Annual report of the Bengal Veterinary College and of the Civil Veterinary Department, Bengal, for the year 1913-1914 - 1913-1914
Year: 1913
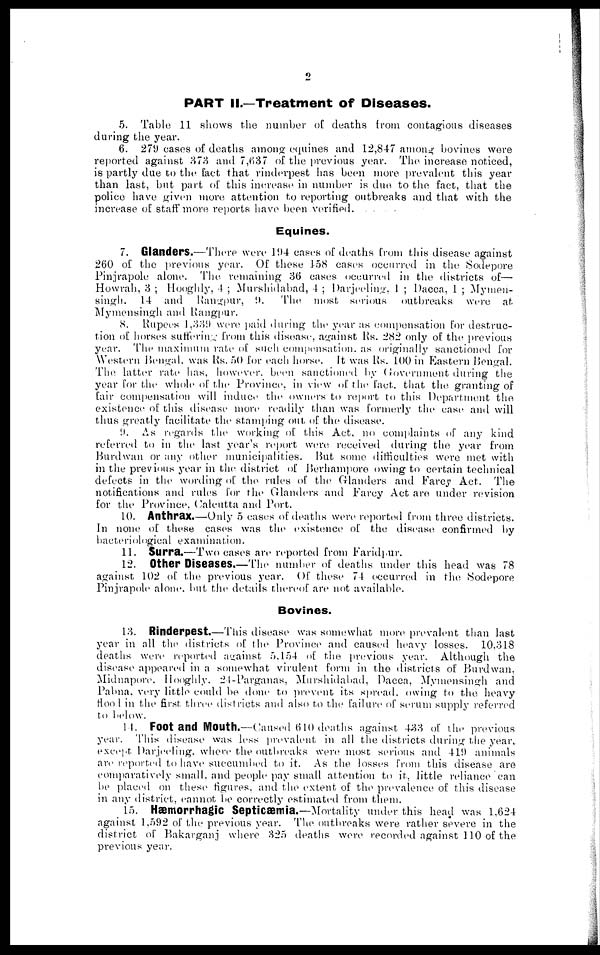
PART II.—Treatment of Diseases.
5. Table 11 shows the number of deaths from contagious diseases
during the year.
6. 279 cases of deaths among equines and 12,847 among bovines were
reported against 373 and 7,637 of the previous year. The increase noticed,
is partly due to the fact that rinderpest has been more prevalent this year
than last, but part of this increase in number is due to the fact, that the
police have given more attention to reporting outbreaks and that with the
increase of staff more reports have been verified.
Equines.
7. Glanders.—There were 194 cases of deaths from this disease against
260 of the previous year. Of these 158 cases occurred in the Sodepore
Pinjrapole alone. The remaining 36 cases occurred in the districts of—
Howrah, 3 ; Hooghly, 4 ; Murshidabad, 4 ; Darjeeling, 1 ; Dacca, 1 ; Mymen-
singh. 14 and Rangpur, 9.
The most serious outbreaks were at
Mymensingh and Rangpur.
8. Rupees 1,339 were paid during the year as compensation for destruc-
tion of horses suffering from this disease, against Rs. 282 only of the previous
year. The maximum rate of such compensation. as originally sanctioned for
Western Bengal. was Rs. 50 for each horse. It was Rs. 100 in Eastern Bengal.
The latter rate has, however. been sanctioned by Government during the
year for the whole of the Province, in view of the fact. that the granting of
fair compensation will induce the owners to report to this Department the
existence of this disease more readily than was formerly the case and will
thus greatly facilitate the stamping out of the disease.
9. As regards the working of this Act. no complaints of any kind
referred to in the last year's report were received during the year from
Burdwan or any other municipalities. But some difficulties were met with
in the previous year in the district of Berhampore owing to certain technical
defects in the wording of the rules of the Glanders and Farcy Act. The
notifications and rules for the Glanders and Farcy Act are under revision,
for the Province, Calcutta and Port.
10. Anthrax.—Only 5 cases of deaths were reported from three districts.
In none of these cases was the existence of the disease confirmed by
bacteriological examination.
11. Surra.—Two cases are reported from Faridpur.
12. Other Diseases.—The number of deaths under this head was 78
against 102 of the previous year. Of these 74 occurred in the Sodepore
Pinjrapole alone. but the details thereof are not available.
Bovines.
13. Rinderpest.—This disease was somewhat more prevalent than last
year in all the districts of the Province and caused heavy losses. 10,318
deaths were reported against 5,154 of the previous year. Although the
disease appeared in a somewhat virulent form in the districts of Burdwan,
Midnapore. Hooghly. 24-Parganas, Murshidabad, Dacca, Mymensingh and
Pabna, very little could be done to prevent its spread, owing to the heavy
Hood in the first three districts and also to the failure of serum supply referred
to below.
14. Foot and Mouth.—Caused 610 deaths against 433 of the previous
year. This disease was less prevalent in all the districts during the year
except Darjeeling, where the outbreaks were most serious and 419 animals
are reported to have succumbed to it. As the losses from this disease are
comparatively small, and people pay small attention to it, little reliance can
be placed on these figures, and the extent of the prevalence of this disease
in any district, cannot be correctly estimated from them.
15. Hæmorrhagic Septicæmia.—Mortality under this head was 1,624
against 1,592 of the previous year. The outbreaks were rather severe in the
district of Bakarganj where 325 deaths were recorded against 110 of the
previous year.